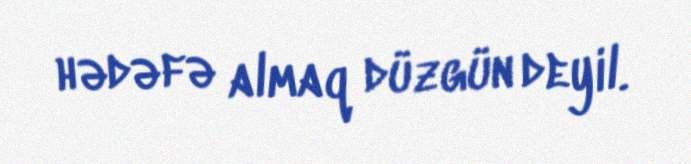
hədəfə almaq düzgün deyil.